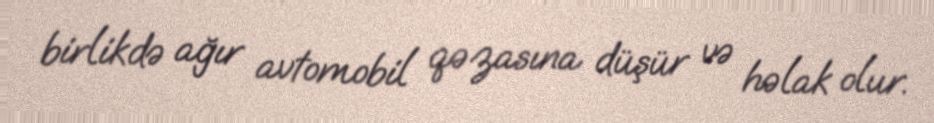
birlikdə ağır avtomobil qəzasına düşür və həlak olur.